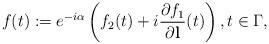
LaTeX: \begin{align*} f(t):=e^{-i\alpha} \left ( f_2(t)+i \frac{\partial f_1}{\partial \mathbf{l}}(t)\right ), t\in \Gamma,\end{align*}